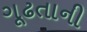
ગૂઢતાની